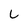
Character: L